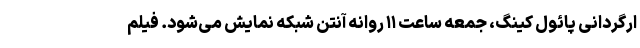
ارگردانی پائول کینگ، جمعه ساعت ۱۱ روانه آنتن شبکه نمایش می‌شود. فیلم